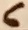
Text: 6